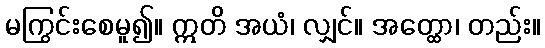
မကြွင်းစေမူ၍။ ဣတိ အယံ၊ လျှင်။ အတ္ထော၊ တည်း။